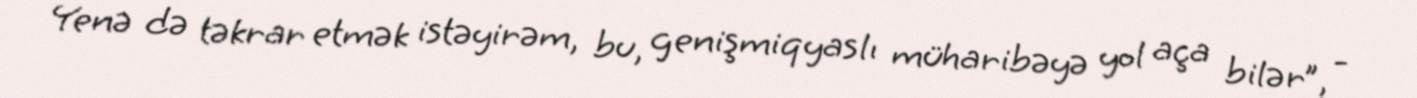
Yenə də təkrar etmək istəyirəm, bu, genişmiqyaslı müharibəyə yol aça bilər”, -